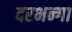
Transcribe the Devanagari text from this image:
दरभन्गा